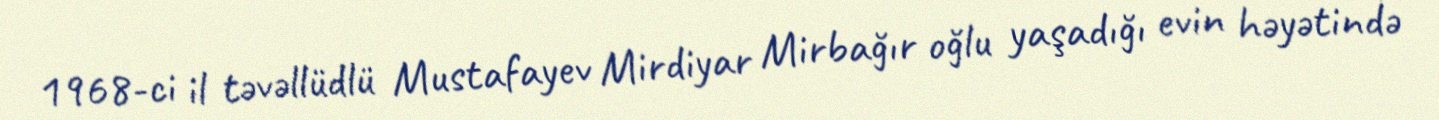
1968-ci il təvəllüdlü Mustafayev Mirdiyar Mirbağır oğlu yaşadığı evin həyətində